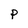
Character: P